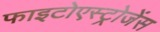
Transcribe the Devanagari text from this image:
फाइटोएस्ट्रोजेंस